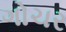
ગોચર